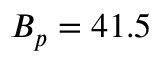
B _ { p } = 4 1 . 5